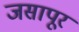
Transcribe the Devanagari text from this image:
जसापूर